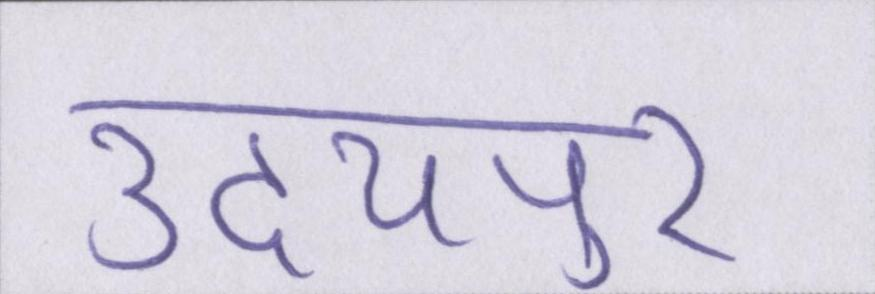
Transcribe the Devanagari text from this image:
उदयपुर